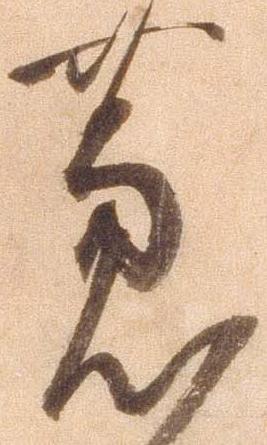
芦